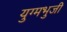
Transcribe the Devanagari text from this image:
युग्मभुजी